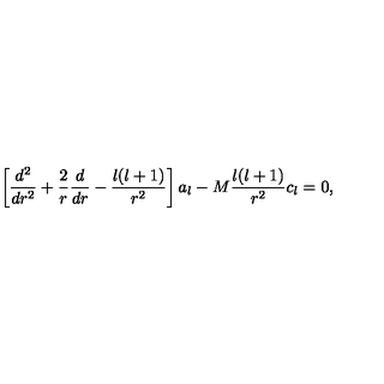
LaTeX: \left[ { \frac { d ^ { 2 } } { d r ^ { 2 } } } + { \frac { 2 } { r } } { \frac { d } { d r } } - { \frac { l ( l + 1 ) } { r ^ { 2 } } } \right] a _ { l } - M { \frac { l ( l + 1 ) } { r ^ { 2 } } } c _ { l } = 0 ,